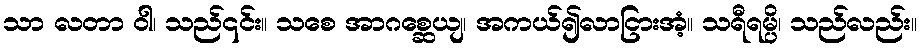
သာ လတာ ဝါ၊ သည်၎င်း။ သစေ အာဂစ္ဆေယျ၊ အကယ်၍လာငြားအံ့။ သရီရမ္ပိ၊ သည်လည်း။